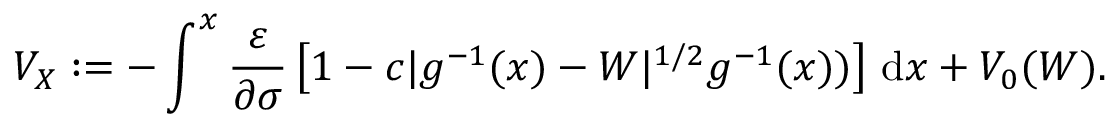
V _ { X } : = - \int ^ { x } \frac { \varepsilon } { \partial \sigma } \left[ 1 - c \lvert { g ^ { - 1 } ( x ) - W } \rvert ^ { 1 / 2 } g ^ { - 1 } ( x ) ) \right] \, \mathrm { d } x + V _ { 0 } ( W ) .